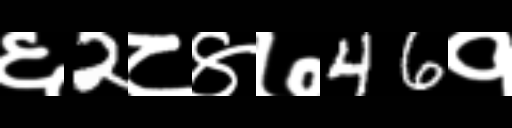
Text: ६2८४७46१